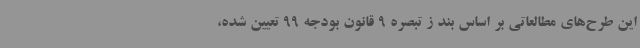
این طرح‌های مطالعاتی بر اساس بند ز تبصره 9 قانون بودجه 99 تعیین شده،